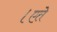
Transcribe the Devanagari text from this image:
।एते